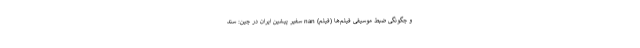
و چگونگی ضبط موسیقی فیلم‌ها (فیلم) nan سفیر پیشین ایران در چین: سند